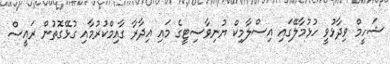
ޝަހީމް ވިދާޅުވީ ހުޅުމާލޭގައި އިސްލާމިކް ޔުނިވާސިޓީގެ މައި އިދާރާ ގާއިމްކުރުމާއި ގުޅޭގޮތުން ރައީސް